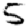
Digit: 5